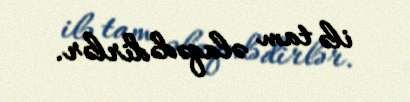
ilə tam əlaqədədirlər.